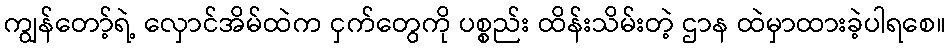
ကျွန်တော့်ရဲ့ လှောင်အိမ်ထဲက ငှက်တွေကို ပစ္စည်း ထိန်းသိမ်းတဲ့ ဌာန ထဲမှာထားခဲ့ပါရစေ။